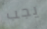
يجب